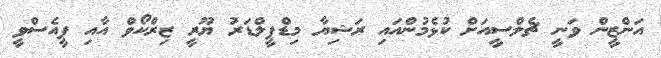
އަންޒީން ވަނީ ޗެލްސީއަށް ކުޅެމުންއައި ރަޝިޔާ މިޑްފީލްޑަރު ޔޫރީ ޒިރްކޯވް އާއި ޕީއެސްވީ